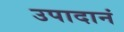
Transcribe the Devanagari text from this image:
उपादानं